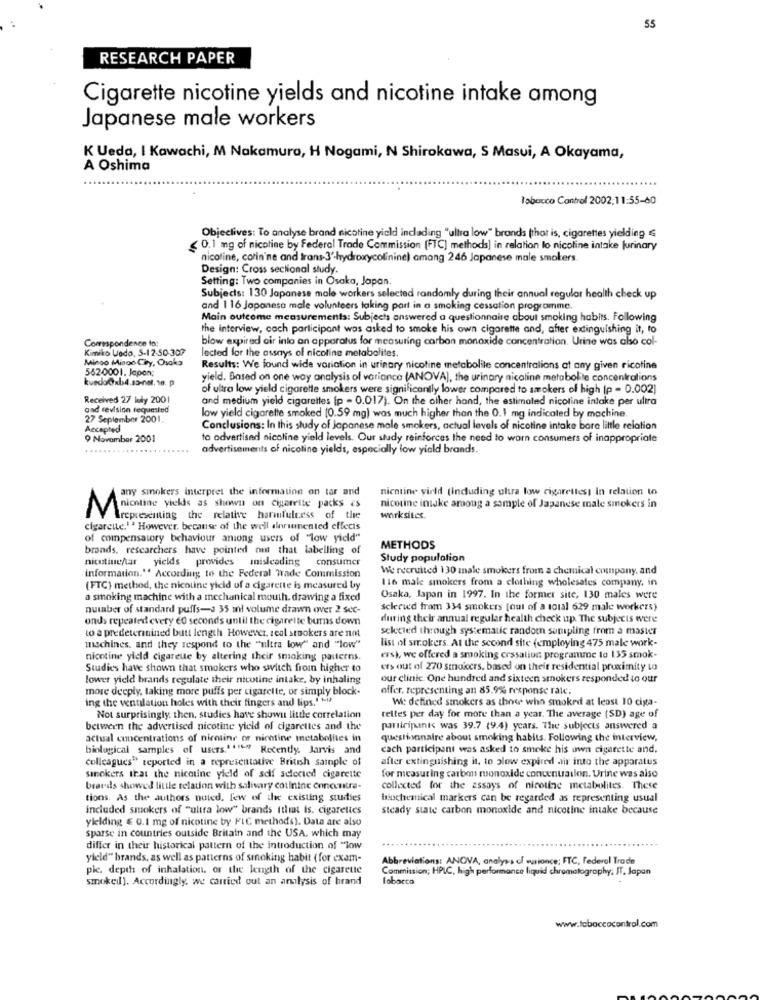
55
RESEARCH PAPER
Cigarette nicotine yields and nicotine intake among
Japanese male workers
K Ueda, I Kawachi, M Nakamura, H Nogami, N Shirokawa, S Masui, A Okayama,
A Oshima
Tobacco Control 2002:11:55-60
Objectives: To analyse brand nicotine yield including "ultra low" brands (that is, cigarettes yielding €
< 0.1 mg of nicotine by Federal Trade Commission (FTC) methods] in relation lo nicoline intake furinary
nicotine, colin'ne and trans-3'-hydroxycolinine) amang 246 Japanese male smokers
Design: Cross sectional study.
Setting: Two companies in Osaka, Japan.
Subjects: 130 Japanese male workers selected randomly during their annual regular health check up
and 116 Japonesa male volunteers taking part in a smoking cessation programme.
Main outcome measurements: Subjects answered a questionnaire about smoking habits. Following
the interview, coch participant was asked to smoke his own cigarette and, after extinguishing it, to
Correspondence to:
blow expired cir into an apparatus for measuring carbon monoxide concentration. Urine was also col-
Kimiko Vedo, 5-12-50-307
lected for the assays of nicoline metabolites
Mingo Misoo Ciey, Osaka
562-0001. Japon;
Results: We found wide variation in urinary nicotine metabolile concentralions at any given ricotine
yield. Based on one way analysis of variance (ANOVA), the urinary nicoline metabolite concentrations
of ultra low yield cigarette smokers were significantly lower compared to smokers of high (p = 0.002)
Received 27 luly 2001
and medium yield cigarettes (p - 0.017). On the other hand, the estimated nicotine intake per ultra
and revision requested
27 September 2001.
low yield cigarette smoked (0.59 mg) was much higher than the 0.1 mg indicated by machine.
Accepted
Conclusions: In this study of Japanese male smokers, actual levels of nicotine intake bore little relation
9 November 2001
to advertised nicoline yield levels. Our study reinforces the need to warn consumers of inappropriate
advertisements of nicoline yields, especially low yield brands.
nicotine virld (Induding ultra low cigarettes) in relation to
any smokers interpret the information on tar and
nicotine intake among a sample of Japanese male smokers in
nicotine yields as shown on cigarette packs es
representing the relative harmfulcess of the
worksites.
cigarette.' ' However, because of the well annenented effects
of compensatory behaviour aniong users of "low yield"
brands, researchers have pointed out that labelling of
METHODS
nitutine/tar yields provides misleading consumer
Study population
We recruited 130 zale smokers from a chemical company, and
information." According to the Federal Trade Commission
116 male smokers from a clothing wholesales company, in
(FTC) method, the nicotine yicid of a cigarette is measured by
a smoking machine with a mechanical mouth. drawing a fixed
Osaka, Japan in 1997. In the former site, 130 males were
number of standard puffs-3 35 mi volume drawn over 2 sec-
selected from 334 smokers [out of a total 629 male workers)
onds repeated every 60 seconds until the cigarette burns down
during their annual regular health check up The subjects were
to a predetermined butt length However, seal stookers are not
scketed through systematic random sompling from a master
list of smokers. At the second site (employing 475 male work-
machines, and they respond to the "ultra low" and "low"
nicotine yield cigarette by altering their smoking patterns.
ers), we offered a smoking cessation programme to 135 smok-
Studies have shown that smokers who switch from higher to
ers out of 270 smokers, based on their residential proximity to
lower yield brands regulate their nicotine intake, by inhaling
our clinic. One hundred and sixteen stokers responded to outr
more deeply, taking more puffs per cigarette, or simply block-
offer, representing an 85.9% response rate.
ing the ventilation holes with their fingers and lips.""it
Wi: defined smokers as those who smoked at least 10 ciga-
Not surprisingly then, studies have shown little correlation
telles per day for more than a year. The average (SD) age of
between the advertised nicotine yield of cigarettes and the
participants was 39.7 (9.4) years. The subjects answered a
actual concentrations of nicoline or nicotine metabolites in
questionnaire about smoking habits. Following the interview,
biological samples of users." """" Recently. Jarvis and
cach participant was asked to smoke his own cigarette and.
colleagues" reported in a representative British sample of
after extinguishing it, to blow expired air into the apparatus
sinokers that the nicotine yield of self selected cigarette
for measuring carbon monoxide concentration. Urine was also
brards showed little relation with salivary coulnine concentra-
collected for the assays of nicotine metabolites. These
tions. As the authors noted. few of the existing studies
biochemical markers can be regarded as representing usual
included smokers of "ultra low" brands Ithat is. cigarettes
steady state carbon monoxide and nicotine intake because
yielding € 0.1 mg of nicotine by FIC methods). Data are also
sparse in countries outside Britain and the USA, which may
differ in their historical pattern of the introduction of "www
yield" brands, as well as patterns of smoking habit ( for exam-
Abbreviations: ANOVA, analysis of wurionce; FTC, Federal Trade
ple. depth of inhalation, or the keugth of the cigarette
Commission; HPLC, high performance liquid chromatography. IT, Japan
smoked]. Accordingly, we carried out an arilysis of brand
Tobacco
www.tobaccocontrol.com